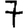
Digit: 7